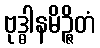
ဗုဒ္ဓါနမိဉ္ဇိတံ